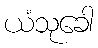
ယံသုခေါ